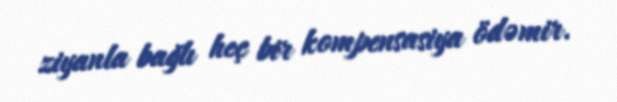
ziyanla bağlı heç bir kompensasiya ödəmir.